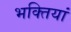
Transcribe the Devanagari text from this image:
भक्तियां